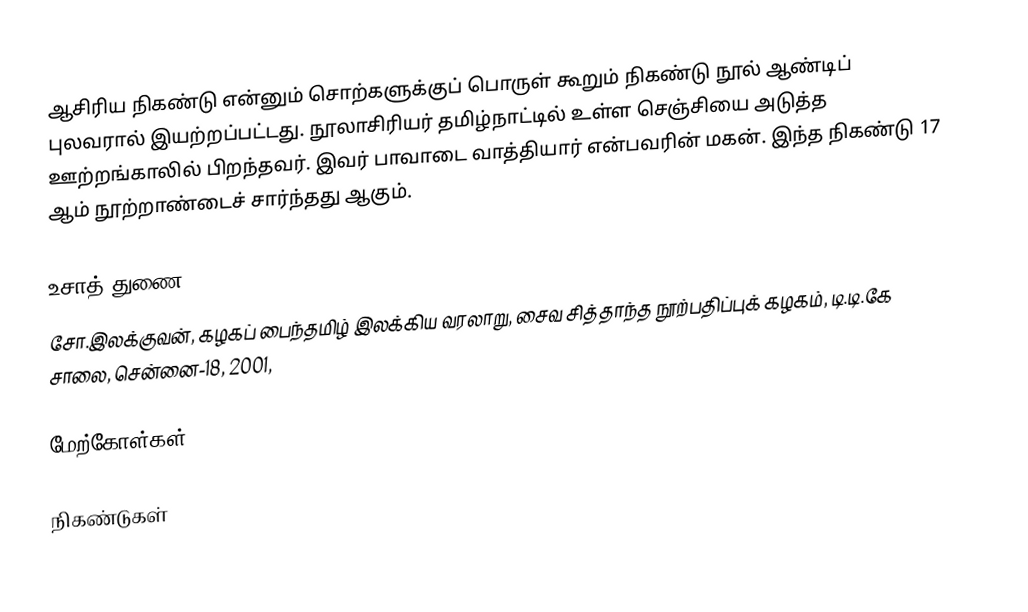
ஆசிரிய நிகண்டு என்னும் சொற்களுக்குப் பொருள் கூறும் நிகண்டு நூல் ஆண்டிப் புலவரால் இயற்றப்பட்டது.  நூலாசிரியர் தமிழ்நாட்டில் உள்ள செஞ்சியை அடுத்த ஊற்றங்காலில் பிறந்தவர். இவர் பாவாடை வாத்தியார் என்பவரின் மகன்.  இந்த நிகண்டு 17 ஆம் நூற்றாண்டைச் சார்ந்தது ஆகும்.

உசாத் துணை
சோ.இலக்குவன், கழகப் பைந்தமிழ் இலக்கிய வரலாறு, சைவ சித்தாந்த நூற்பதிப்புக் கழகம், டி.டி.கே சாலை, சென்னை-18, 2001,

மேற்கோள்கள்

நிகண்டுகள்